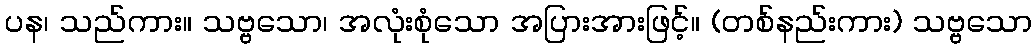
ပန၊ သည်ကား။ သဗ္ဗသော၊ အလုံးစုံသော အပြားအားဖြင့်။ (တစ်နည်းကား) သဗ္ဗသော